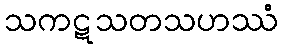
သကဋသတသဟဿံ